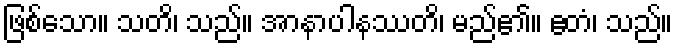
ဖြစ်သော။ သတိ၊ သည်။ အာနာပါနဿတိ၊ မည်၏။ ဧတံ၊ သည်။